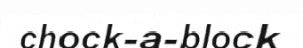
chock-a-block